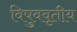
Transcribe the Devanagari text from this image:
विषुववृतीय